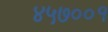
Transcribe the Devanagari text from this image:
४५७००१